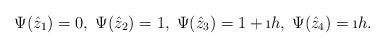
LaTeX: \begin{align*}\Psi(\hat z_1)=0,\;\Psi(\hat z_2)=1,\;\Psi(\hat z_3)=1+\i h,\;\Psi(\hat z_4)=\i h.\end{align*}